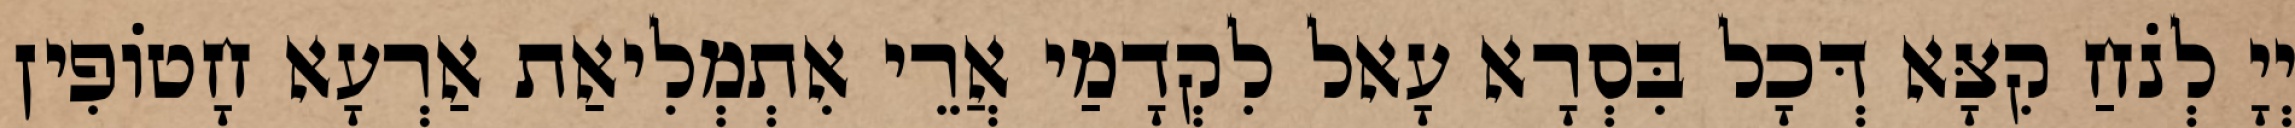
יְיָ לְנֹחַ קִצָּא דְּכָל בִּסְרָא עָאל לִקְדָמַי אֲרֵי אִתְמְלִיאַת אַרְעָא חָטוֹפִין